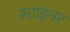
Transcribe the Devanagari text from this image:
स्टाइनर